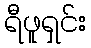
ရီဖူရှင်း